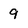
Character: 9